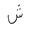
Letter: _shin